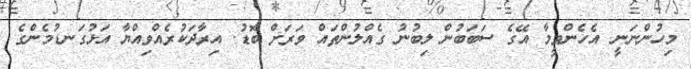
މިހުންނަނީ. އެހެންވީމާ އޭގެ ސަބަބުން ލިބުނު ގެއްލުންތައް ވަަރަށް ބޮޑު. އިރާދަކުރެއްވިއްޔާ އަޅުގަނޑުމެންގެ